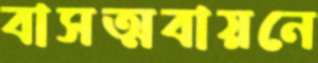
বাসত্মবায়নে